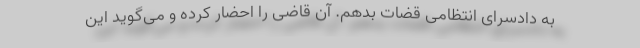
به دادسرای انتظامی قضات بدهم. آن قاضی را احضار کرده و می‌گوید این